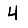
Digit: 4